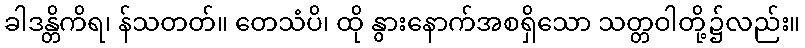
ခါဒန္တိကိရ၊ န်သတတ်။ တေသံပိ၊ ထို နွားနောက်အစရှိသော သတ္တဝါတို့၌လည်း။